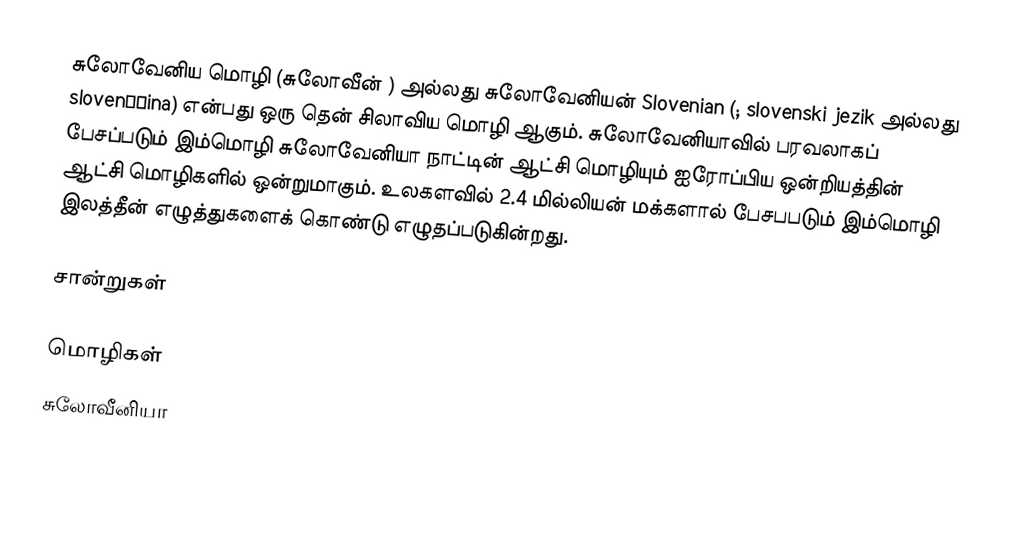
சுலோவேனிய மொழி (சுலோவீன்  ) அல்லது சுலோவேனியன்  Slovenian (; slovenski jezik அல்லது slovenščina) என்பது ஒரு தென் சிலாவிய மொழி ஆகும். சுலோவேனியாவில் பரவலாகப் பேசப்படும் இம்மொழி சுலோவேனியா நாட்டின் ஆட்சி மொழியும் ஐரோப்பிய ஒன்றியத்தின் ஆட்சி மொழிகளில் ஒன்றுமாகும். உலகளவில் 2.4 மில்லியன் மக்களால் பேசபபடும் இம்மொழி இலத்தீன் எழுத்துகளைக் கொண்டு எழுதப்படுகின்றது.

சான்றுகள்

மொழிகள்
சுலோவீனியா